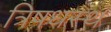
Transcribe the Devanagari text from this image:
त्रिषधस्थ